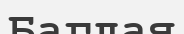
Баглая